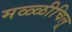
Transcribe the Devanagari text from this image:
मळ्ळीचिलू